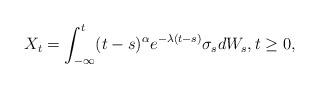
LaTeX: \begin{align*}X_{t}=\int_{-\infty }^{t}(t-s)^{\alpha} e^{-\lambda (t-s)}\sigma_s dW_{s}, t \geq 0,\end{align*}